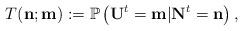
LaTeX: \begin{align*}T(\mathbf{n};\mathbf{m}) := \mathbb{P}\left( \mathbf{U}^t = \mathbf{m} | \mathbf{N}^t = \mathbf{n} \right),\end{align*}